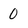
Character: 0